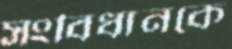
সংবিধানকে